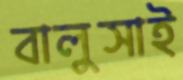
বালুসাই